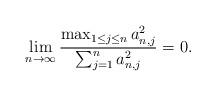
LaTeX: \begin{align*}\lim_{n\to\infty}\frac{\max_{1\le j\le n} a_{n,j}^2}{\sum_{j=1}^n a_{n,j}^2}=0.\end{align*}